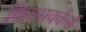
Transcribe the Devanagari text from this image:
फिल्मवर्कर्स